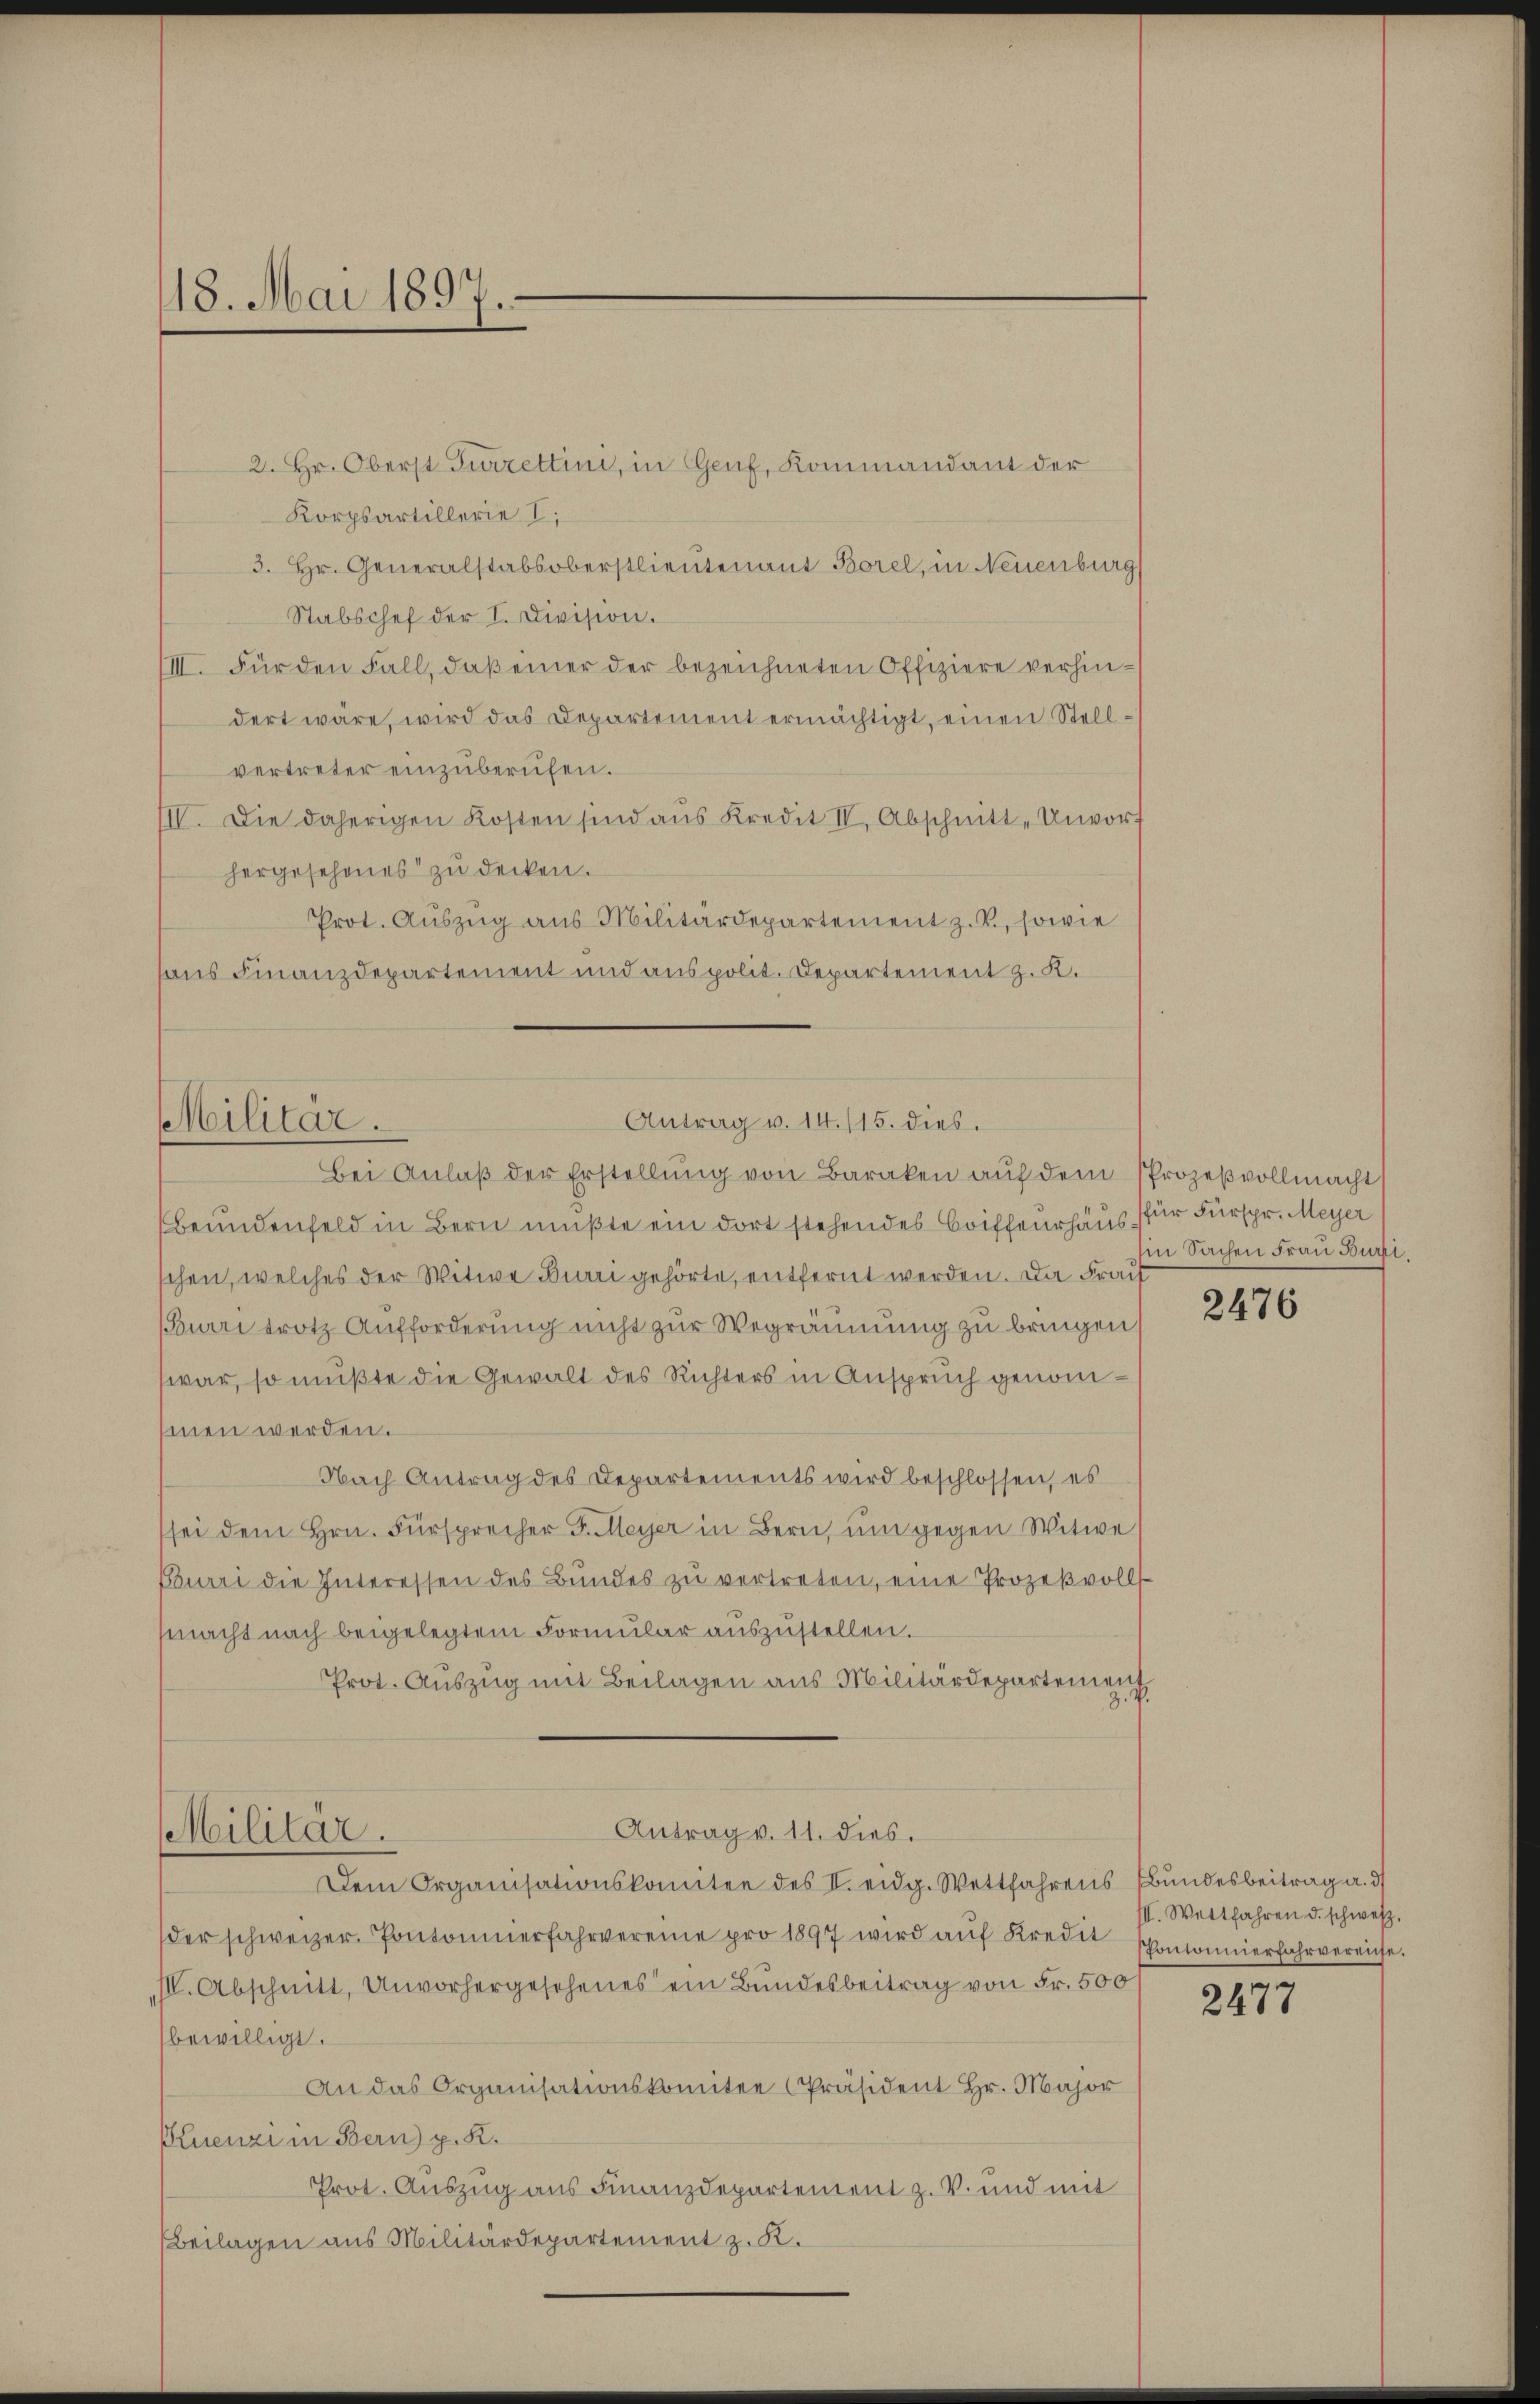
18. Mai 1897.

Antrag v. 14./15. dies.
Militär.

Beundenfeld in Bern mußte ein dort stehendes Briffeurhaus für Fürspr. Meyer
schen, welches der Witwe Buri gehörte, entfernt werden. Da Frau
(Burri trotz Aufforderung nicht zur Wegräumung zu bringen,
war, so mußte die Gewalt des Richters in Anspruch genomsinen werden.
Nach Antrag des Departements wird beschlossen, es
sei dem Hrn. Fürsprocher J. Meyer in Bern, ŭm gegen Witwe
Burri die Interessen des Bŭndes zŭ vertreten, eine Prozeβvolls-
macht nach beigelegtem Formular aŭszŭstellen.
Prot. Auszug mit Beilagen aus Militärdepartement
Z. V.
Antrag v. 11. dies.
Militär.
Dem Organisationskomitee des I. eidg. Wettfahrens Bundesbeitrag a. d
der schweizer. Pontonierfahrvereine pro 1897 wird aŭf Kredit Consonnierfahrvereiche.
IIV. Abschnitt, Unvorhergesehenes ein Bundesbeitrag von Fr. 500 f
bewilligt.
An das Organisationskomitee Präsident Hr. Major
Bluenzi in Bern) p. K.
Prot. Auszug aus Finanzdepartement z. V. und mit
Beilagen aus Militärdepartement z. K.

2. Hr. Oberst Turzettini, in Genf, Kommandant der
Korpsartillerie I
3. Hr. Generalstabsoberstlieutenant Borel, in Neuenburg
Stabschef der I. Division.
IIII. Für den Fall, daß einer der bezeichneten Offiziere verhindert wäre, wird das Departement ermächtigt, einen Stellvertreter einzuberufen.
IIV. Die daherigen Kosten sind aŭs Kredit II. Abschnitt-Unvorf
hergesehenes zu decken.
Prot. Aŭszŭg ans Militärdepartement z. B. sowie
haus Finanzdepartement und aus polit. Departement z. K.

Bei Anlaβ der Erstellŭng von Baraken aŭf dem Prozeßvollmacht

in Sachen Frau Burri

2476

III. Wettfahren d. schweiz.

2477